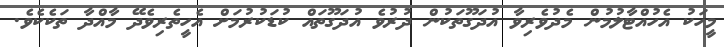
މީހަކު އެހުއްޓާލުމުން މެދުވެރިވާ އުދަގޫތަކުން ދުރުވެ އުދަގޫތައް ކުޑަކުރުމަށް އެހީތެރިވެދޭ މާއްދާ ތަކެކެވެ.